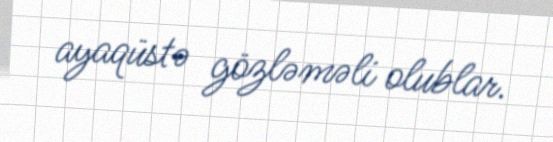
ayaqüstə gözləməli olublar.